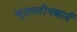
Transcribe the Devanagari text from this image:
चूलालोंगकार्न